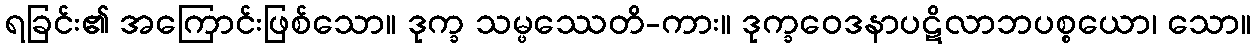
ရခြင်း၏ အကြောင်းဖြစ်သော။ ဒုက္ခ သမ္ဖဿေတိ-ကား။ ဒုက္ခဝေဒနာပဋိလာဘပစ္စယော၊ သော။